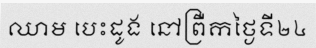
ឈាម បេះដូង នៅព្រឺកថ្ងៃទី២៤